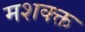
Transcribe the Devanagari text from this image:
मशक्क्त